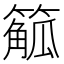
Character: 䉉